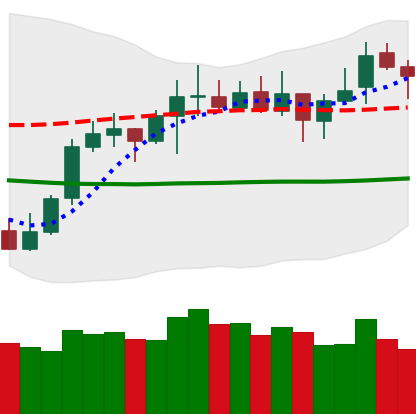
Ticker: LTC-USD
Chart end date: 2021-10-17
Forward return: 3.86%
Label: up_3_5